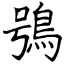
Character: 鴞